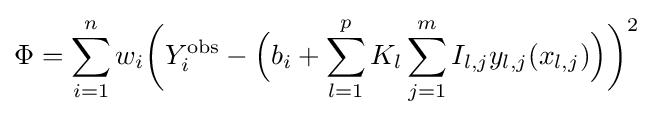
\Phi =\sum _{i=1}^{n}w_{i}{\biggl (}Y_{i}^{\text{obs}}-{\Bigl (}b_{i}+\sum _{l=1}^{p}K_{l}\sum _{j=1}^{m}I_{l,j}y_{l,j}(x_{l,j}){\Bigr )}{\biggr )}^{2}